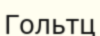
Гольтц